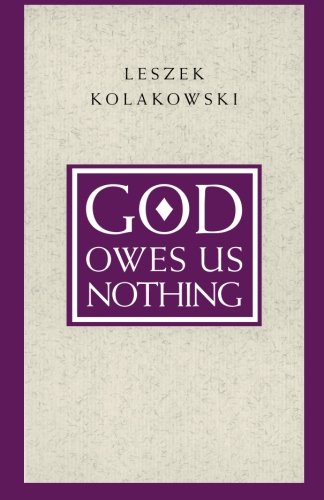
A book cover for God Owes Us Nothing: A Brief Remark on Pascal's Religion and on the Spirit of Jansenism; Leszek Kolakowski; Religion & Spirituality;